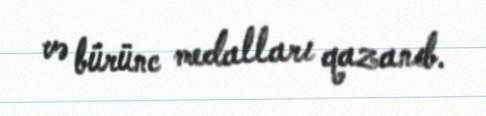
və bürünc medalları qazanıb.